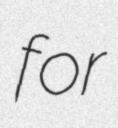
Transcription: for